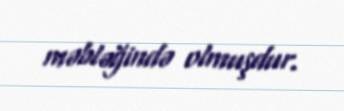
məbləğində olmuşdur.